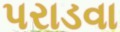
પરાડવા